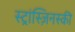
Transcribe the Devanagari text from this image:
स्ट्रांस्ज़िनस्की